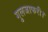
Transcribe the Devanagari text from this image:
गुलजाफरी।